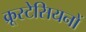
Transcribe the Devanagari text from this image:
क्रूस्टेसियनों